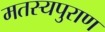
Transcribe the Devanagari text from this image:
मतस्यपुराण